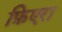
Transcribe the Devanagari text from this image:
फ़िएरा